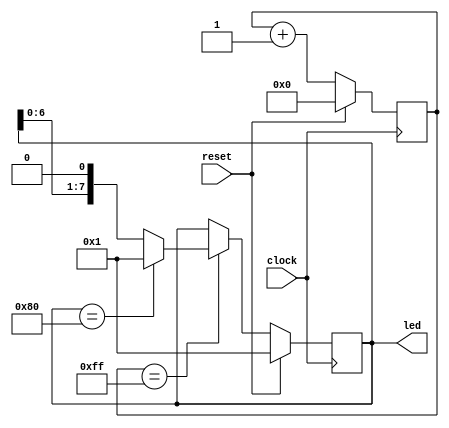
`timescale 1ns / 1ps

module flowing_light(
    input clock,
    input reset,
    output [7:0] led
    );
    reg [7:0] cnt_reg;
    reg [7:0] light_reg;
      always @ (posedge clock)
    begin
            if (reset)
                cnt_reg <=0;
            else
                cnt_reg<=cnt_reg+1;
    end
    always @ (posedge clock)
        begin
            if(reset)
                light_reg <= 8'h01;
            else if (cnt_reg==8'hff)
                begin
                    if(light_reg==8'h80)
                        light_reg<=8'h01;
                    else
                        light_reg <= light_reg<<1;
                end
        end
        assign led=light_reg; 

endmodule